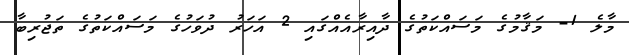
މާލެ 1- މަޤާމުގެ މަސައްކަތުގެ ދާއިރާއެއްގައި 2 އަހަރު ދުވަހުގެ މަސައްކަތުގެ ތަޖުރިބާ